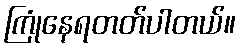
ကြုံနေရတတ်ပါတယ်။